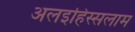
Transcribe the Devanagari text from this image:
अलइहिस्सलाम